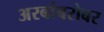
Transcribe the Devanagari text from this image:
अरबांबरोबर